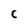
Character: c